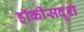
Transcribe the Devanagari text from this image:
हॉकीसदृश